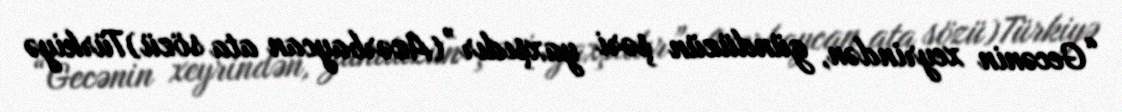
“Gecənin xeyrindən, gündüzün şəri yaxşıdır”(Azərbaycan ata sözü)Türkiyə